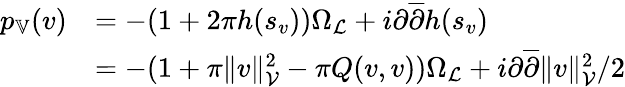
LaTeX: \begin{array}{rl}{p_{\mathbb{V}}(v)}&{=-(1+2\pi h(s_{v}))\Omega_{\mathcal{L}}+i\partial\overline{{\partial}}h(s_{v})}\\ &{=-(1+\pi\| v\| _{\mathcal{V}}^{2}-\pi Q(v,v))\Omega_{\mathcal{L}}+i\partial\overline{{\partial}}\| v\| _{\mathcal{V}}^{2}/2}\end{array}